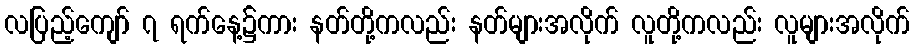
လပြည့်ကျော် ၇ ရက်နေ့၌ကား နတ်တို့ကလည်း နတ်များအလိုက် လူတို့ကလည်း လူများအလိုက်